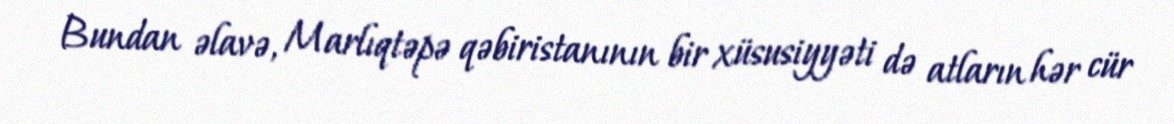
Bundan əlavə, Marlıqtəpə qəbiristanının bir xüsusiyyəti də atların hər cür